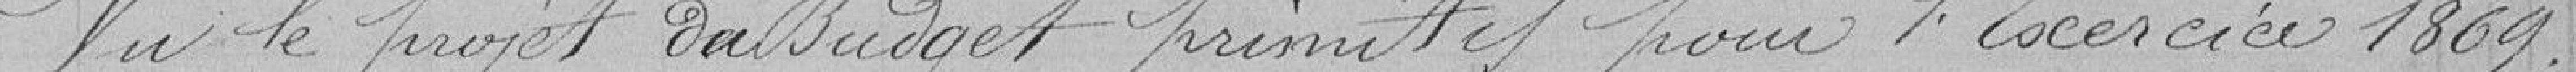
Vu le projet du Budget primitif pour l’Exercice 1869